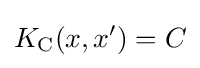
K_{\operatorname {C} }(x,x')=C